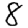
Digit: 8